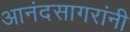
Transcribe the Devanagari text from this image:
आनंदसागरांनी